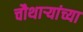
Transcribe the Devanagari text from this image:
चौथाऱ्यांच्या